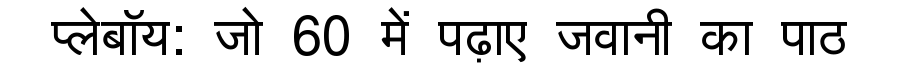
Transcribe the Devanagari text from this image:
प्लेबॉय: जो 60 में पढ़ाए जवानी का पाठ